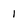
Character: i